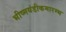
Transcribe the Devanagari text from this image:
भीष्मयंडीकमारम्भ